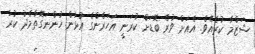
ޝަޒްމާ ކުރެއެވެ. އެއަށް ވުރެ ބޮޑަށް ކުރަނީ އަހަރެންގެ އުޅުން ހުންނަގޮތާމެދު ކުރާ